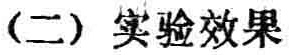
(二) 实验效果